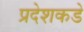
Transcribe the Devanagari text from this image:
प्रदेशकडे